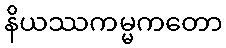
နိယဿကမ္မကတော